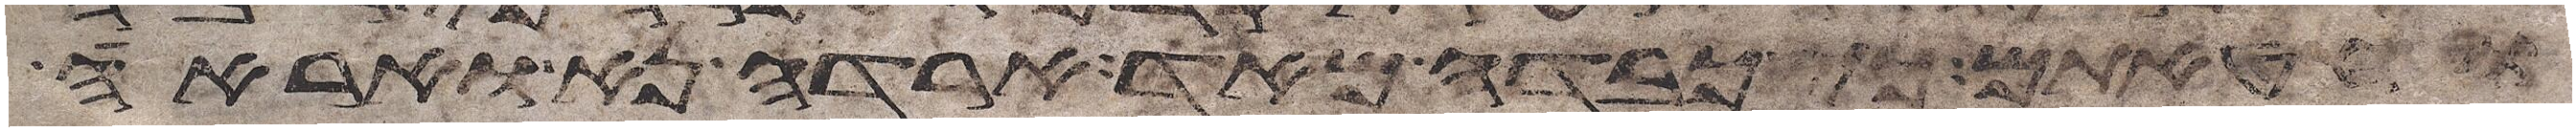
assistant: וחטאתם כי כבדה מאד ארדה נא ואראה